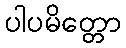
ပါပမိတ္တော